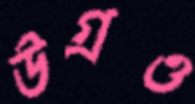
উগ্‌রও